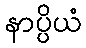
နာပ္ပိယံ